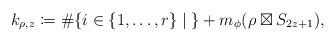
LaTeX: \begin{align*}k_{\rho,z} &\coloneqq \#\{i \in \{1,\dots,r\} \;|\; \}+m_\phi(\rho \boxtimes S_{2z+1}), \end{align*}